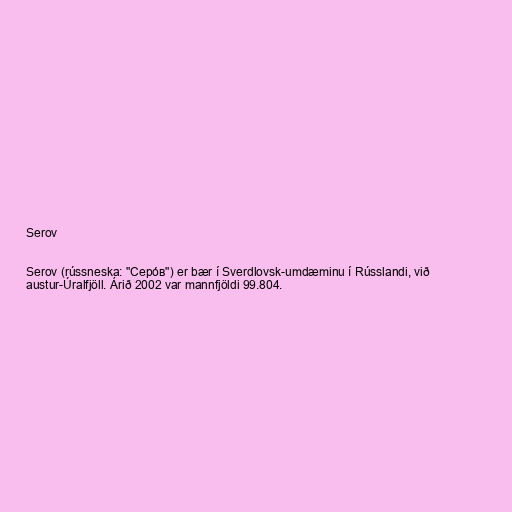
Serov

Serov (rússneska: "Серо́в") er bær í Sverdlovsk-umdæminu í Rússlandi, við
austur-Úralfjöll. Árið 2002 var mannfjöldi 99.804.